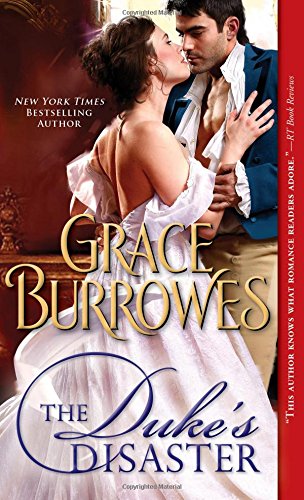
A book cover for The Duke's Disaster; Grace Burrowes; Romance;